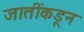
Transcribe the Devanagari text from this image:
जातींकडून